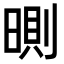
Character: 𣉇